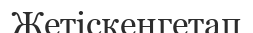
Жетіскенгетап